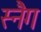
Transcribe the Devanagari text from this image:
स्नैग